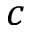
c